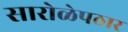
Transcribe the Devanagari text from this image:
सारोळेपठार